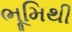
ભૂમિથી